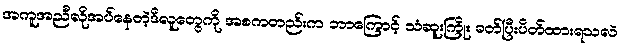
အကူအညီလိုအပ်နေတဲ့ဒီလူတွေကို အစကတည်းက ဘာကြောင့် သံဆူးကြိုး ခတ်ပြီးပိတ်ထားရသလဲ